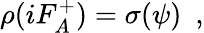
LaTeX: \rho(iF_{A}^{+})=\sigma(\psi)~~,